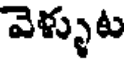
వెళ్ళుట